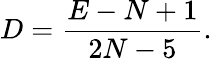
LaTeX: D={\frac{E-N+1}{2N-5}}.